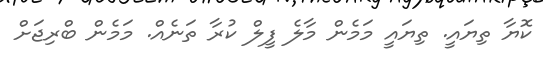
ކޮޔާ ތިޔައީ. ތިޔައީ މަމެން މާލެ ފީލް ކުރާ ތަނެއް. މަމެން ބްރިޖަށް